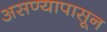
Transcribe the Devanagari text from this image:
असण्यापासून